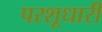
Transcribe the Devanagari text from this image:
परशूधारी